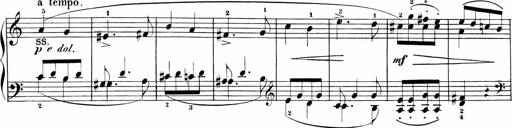
Title: Sonatinas
Composer: Andrew Violette